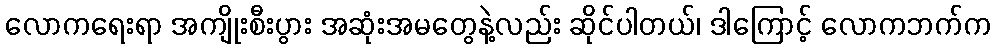
လောကရေးရာ အကျိုးစီးပွား အဆုံးအမတွေနဲ့လည်း ဆိုင်ပါတယ်၊ ဒါကြောင့် လောကဘက်က